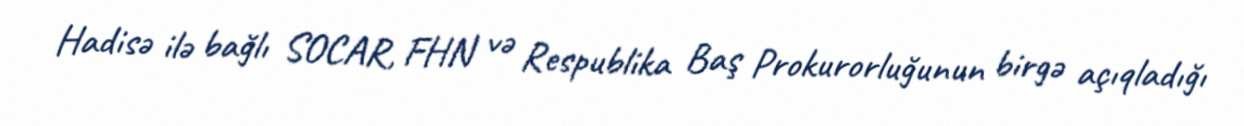
Hadisə ilə bağlı SOCAR, FHN və Respublika Baş Prokurorluğunun birgə açıqladığı